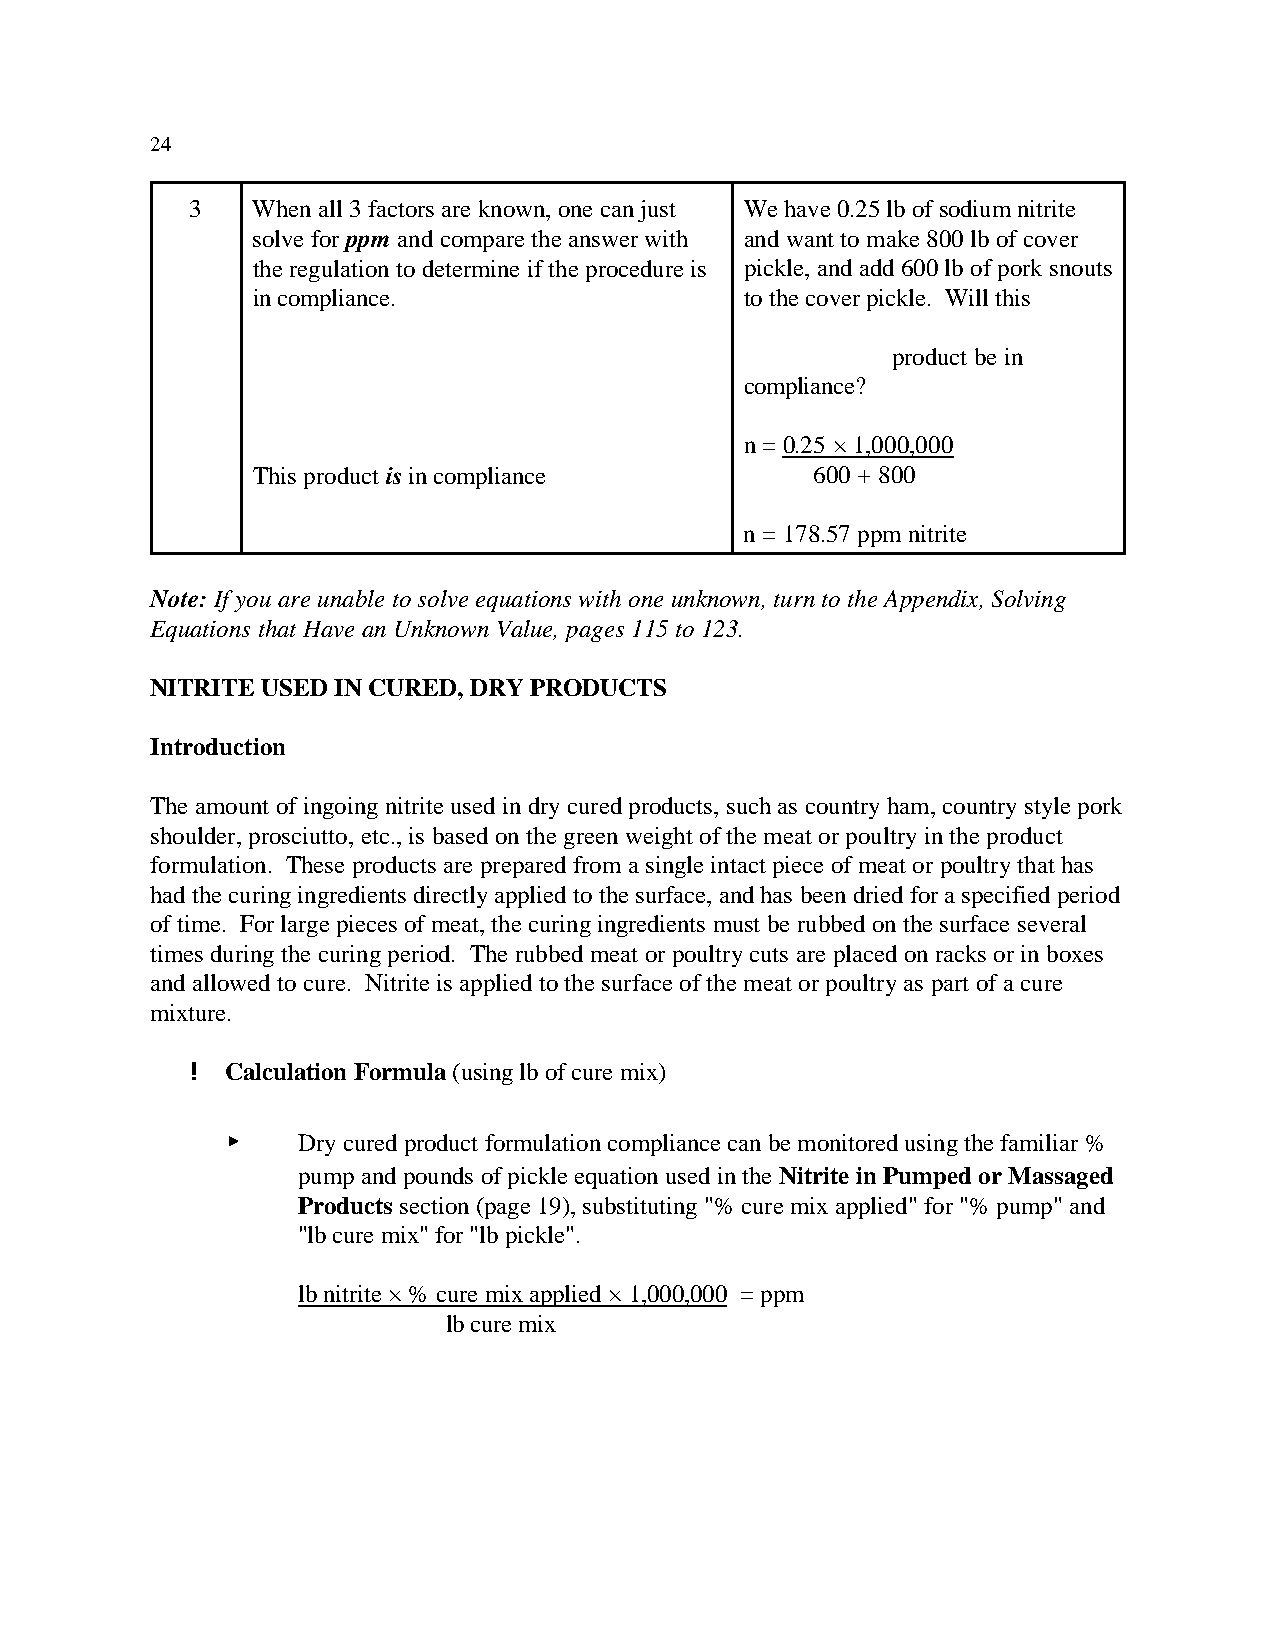
24
 3   When all 3 factors are known, one can just We have 0.25 lb of sodium nitrite
 solve for ppm and compare the answer with and want to make 800 lb of cover
 the regulation to determine if the procedure is pickle, and add 600 lb of pork snouts
 in compliance.                  to the cover pickle. Will this
 product be in
 compliance?
 n = 0.25 × 1,000,000
 This product is in compliance        600 + 800
 n = 178.57 ppm nitrite
 Note: If you are unable to solve equations with one unknown, turn to the Appendix, Solving
 Equations that Have an Unknown Value, pages 115 to 123.
 NITRITE USED IN CURED, DRY PRODUCTS
 Introduction
 The amount of ingoing nitrite used in dry cured products, such as country ham, country style pork
 shoulder, prosciutto, etc., is based on the green weight of the meat or poultry in the product
 formulation. These products are prepared from a single intact piece of meat or poultry that has
 had the curing ingredients directly applied to the surface, and has been dried for a specified period
 of time. For large pieces of meat, the curing ingredients must be rubbed on the surface several
 times during the curing period. The rubbed meat or poultry cuts are placed on racks or in boxes
 and allowed to cure. Nitrite is applied to the surface of the meat or poultry as part of a cure
 mixture.
 ! Calculation Formula (using lb of cure mix)
 <    Dry cured product formulation compliance can be monitored using the familiar %
 pump and pounds of pickle equation used in the Nitrite in Pumped or Massaged
 Products section (page 19), substituting "% cure mix applied" for "% pump" and
 "lb cure mix" for "lb pickle".
 lb nitrite × % cure mix applied × 1,000,000 = ppm
 lb cure mix